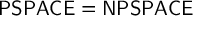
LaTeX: { \mathsf { P S P A C E } } = { \mathsf { N P S P A C E } }